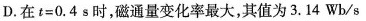
D.在t=0.4 s时，磁通量变化率最大，其值为3.14 Wh/s